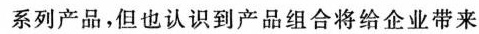
系列产品，但也认识到产品组合将给企业带来